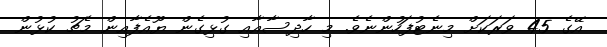
އޭގެ 45 ވަރަކަށް މިނެޓުފަހުންނެވެ. މި ހާދިސާއާއި ގުޅިގެން ޔޫއެފާއިން މެޗު ކުޅުން